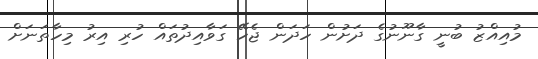
މުއިއްޒު ބުނީ ގާނޫނުގެ ދަށުން ހަދަން ޖެހޭ ގަވާއިދުތައް ހުރި އިރު މިހާތަނަށް